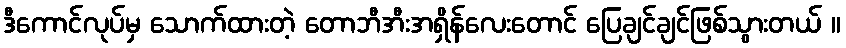
ဒီကောင်လုပ်မှ သောက်ထားတဲ့ တောဘီအီးအရှိန်လေးတောင် ပြေချင်ချင်ဖြစ်သွားတယ် ။